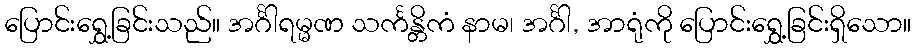
ပြောင်းရွှေ့ခြင်းသည်။ အင်္ဂါရမ္မဏ သင်္ကန္တိကံ နာမ၊ အင်္ဂါ, အာရုံကို ပြောင်းရွှေ့ခြင်းရှိသော။